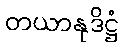
တယာနုဒိဋ္ဌံ